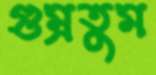
গুম্‌রতুম